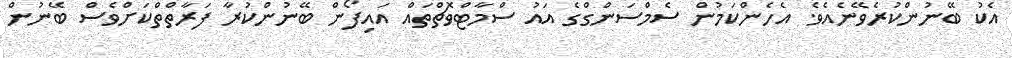
އެކު ބޭނުންކުރެވޭނެއެވެ. އެހެންކަމުން ސެމްސަންގްގެ އައު ސްމާޓްވޮޗްތައް އައިފޯން ބޭނުންކުރާ ފަރާތްތްކަށްވެސް ބޭނުން